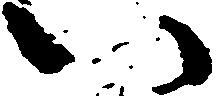
い